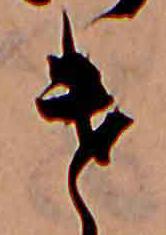
け